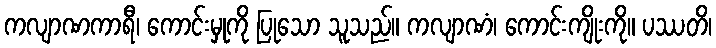
ကလျာဏကာရီ၊ ကောင်းမှုကို ပြုသော သူသည်။ ကလျာဏံ၊ ကောင်းကျိုးကို။ ပဿတိ၊